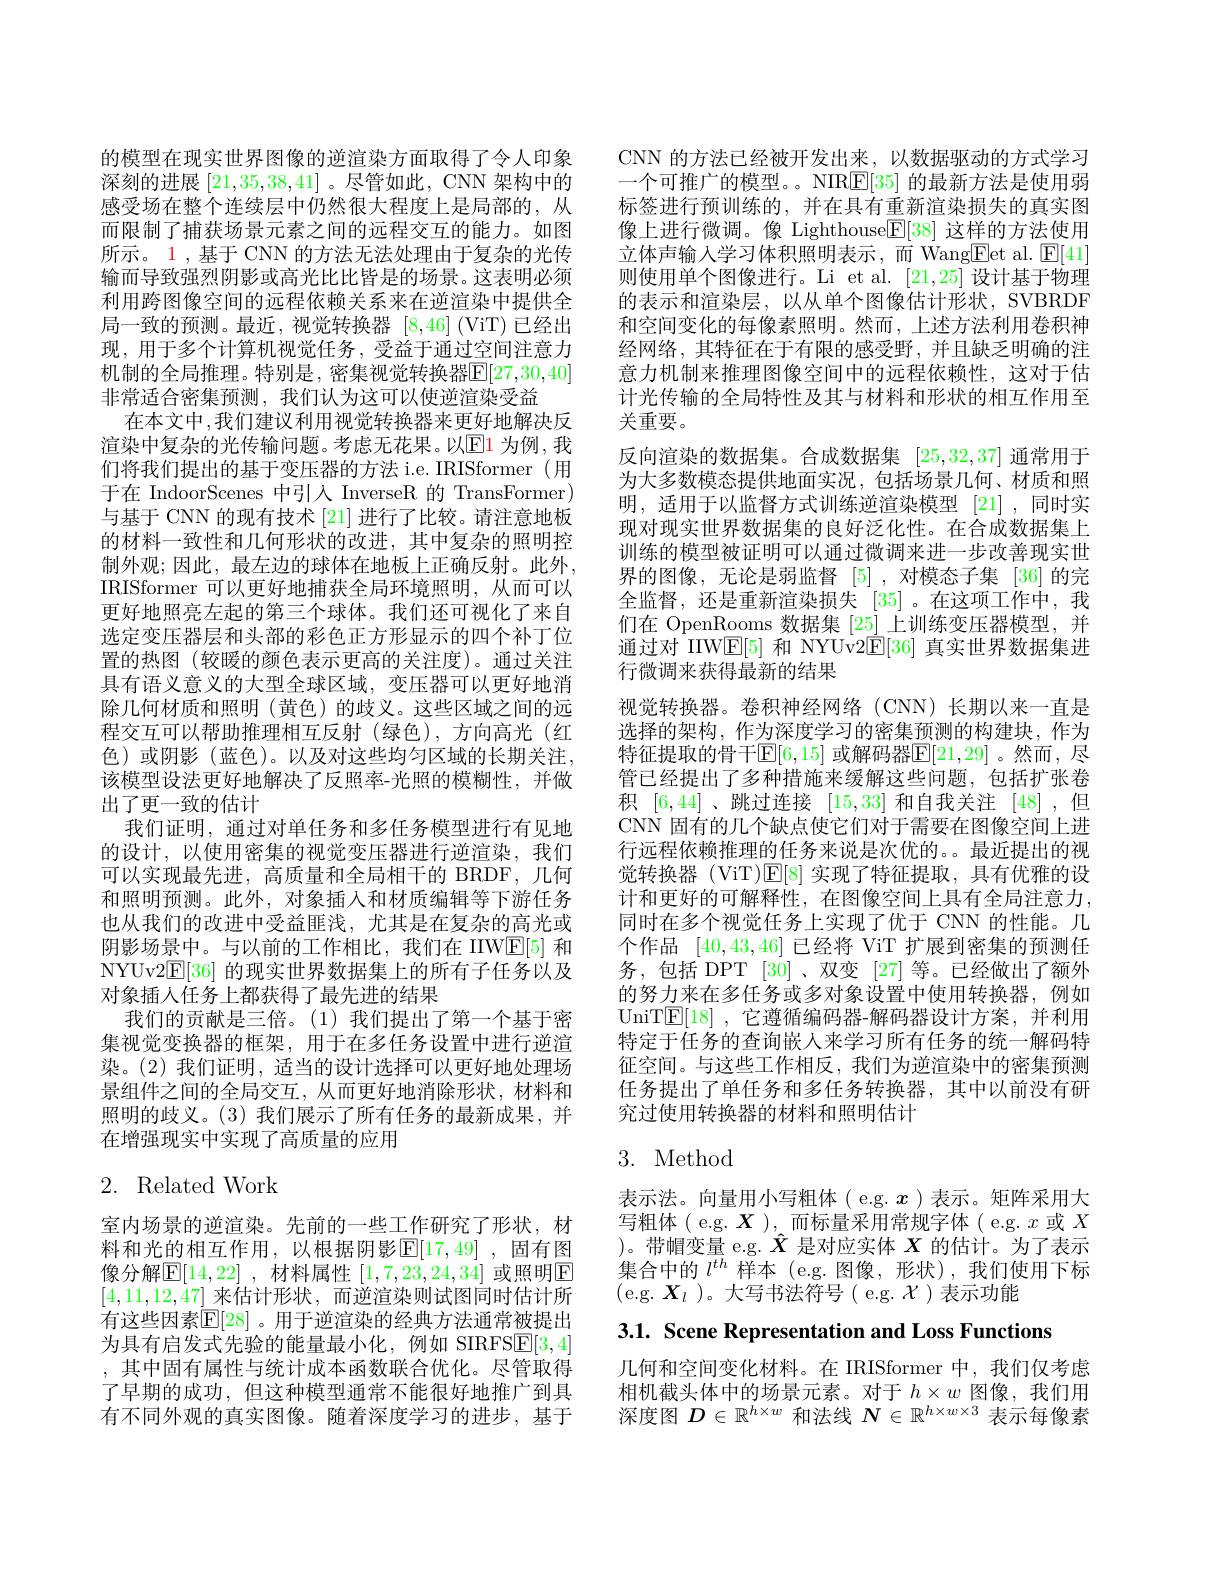
的模型在现实世界图像的逆渲染方面取得了令人印象深刻的进展[21,35,38,41] 。尽管如此，CNN 架构中的感受场在整个连续层中仍然很大程度上是局部的，从而限制了捕获场景元素之间的远程交互的能力。如图所示。1 , 基于 CNN 的方法无法处理由于复杂的光传输而导致强烈阴影或高光比比皆是的场景。这表明必须利用跨图像空间的远程依赖关系来在逆渲染中提供全局一致的预测。最近，视觉转换器[8,46] (ViT)已经出现，用于多个计算机视觉任务，受益于通过空间注意力机制的全局推理。特别是，密集视觉转换器$\overline{\mathbb{E}}[27,30,40]$ 非常适合密集预测，我们认为这可以使逆渲染受益
在本文中，我们建议利用视觉转换器来更好地解决反渲染中复杂的光传输问题。考虑无花果。以$\color{red}{\mathrm{E1}}$为例，我们将我们提出的基于变压器的方法 i.e. IRISformer(用于在 IndoorScenes 中引人 InverseR 的 TransFormer) 与基于 CNN 的现有技术 [21] 进行了比较。请注意地板的材料一致性和几何形状的改进，其中复杂的照明控制外观；因此，最左边的球体在地板上正确反射。此外， IRISformer 可以更好地捕获全局环境照明，从而可以更好地照亮左起的第三个球体。我们还可视化了来自选定变压器层和头部的彩色正方形显示的四个补丁位置的热图(较暖的颜色表示更高的关注度)。通过关注具有语义意义的大型全球区域，变压器可以更好地消除几何材质和照明(黄色)的歧义。这些区域之间的远程交互可以帮助推理相互反射(绿色),方向高光(红色)或阴影(蓝色)。以及对这些均匀区域的长期关注， 该模型设法更好地解决了反照率-光照的模糊性，并做出了更一致的估计
我们证明，通过对单任务和多任务模型进行有见地的设计，以使用密集的视觉变压器进行逆渲染，我们可以实现最先进，高质量和全局相干的 BRDF, 几何和照明预测。此外，对象插入和材质编辑等下游任务也从我们的改进中受益匪浅，尤其是在复杂的高光或阴影场景中。与以前的工作相比，我们在 IIW$\mathbb{E}[5]$和NYUv2$\underline{\mathrm{E}}[36]$的现实世界数据集上的所有子任务以及对象插入任务上都获得了最先进的结果
我们的贡献是三倍。(1)我们提出了第一个基于密集视觉变换器的框架，用于在多任务设置中进行逆渲染。(2)我们证明，适当的设计选择可以更好地处理场景组件之间的全局交互，从而更好地消除形状，材料和照明的歧义。(3)我们展示了所有任务的最新成果，并在增强现实中实现了高质量的应用

# 2. Related Work

室内场景的逆渲染。先前的一些工作研究了形状，材料和光的相互作用，以根据阴影$\mathbb{E}[17,49]$ ,固有图像分解$\mathbb{E}[14,22]$ ,材料属性 [1,7,23,24,34] 或照明$\mathbb{E}$ [4,11,12,47]来估计形状 ,而逆渲染则试图同时估计所有这些因素$\overline{\mathbb{E}}[28]$ 。用于逆渲染的经典方法通常被提出为具有启发式先验的能量最小化，例如 SIRFS$\underline{\mathrm{E}}[3,4]$ ,其中固有属性与统计成本函数联合优化。尽管取得了早期的成功，但这种模型通常不能很好地推广到具有不同外观的真实图像。随着深度学习的进步，基于

CNN 的方法已经被开发出来，以数据驱动的方式学习一个可推广的模型。。NIR$\underline{\mathrm{E}}[35]$的最新方法是使用弱标签进行预训练的，并在具有重新渲染损失的真实图像上进行微调。像 Lighthouse$\boxed{\mathrm{F}}[38]$这样的方法使用立体声输入学习体积照明表示，而 Wang$\underline{\mathrm{Eet~al.~}}\underline{\mathrm{E}}[41]$ 则使用单个图像进行。Li et al. [21,25]设计基于物理的表示和渲染层，以从单个图像估计形状，SVBRDF 和空间变化的每像素照明。然而，上述方法利用卷积神经网络，其特征在于有限的感受野，并且缺乏明确的注意力机制来推理图像空间中的远程依赖性，这对于估计光传输的全局特性及其与材料和形状的相互作用至关重要。
反向渲染的数据集。合成数据集[25,32,37]通常用于为大多数模态提供地面实况，包括场景几何、材质和照明，适用于以监督方式训练逆渲染模型[21],同时实现对现实世界数据集的良好泛化性。在合成数据集上训练的模型被证明可以通过微调来进一步改善现实世界的图像，无论是弱监督[5] ,对模态子集 [36]的完全监督，还是重新渲染损失[35] 。在这项工作中，我们在 OpenRooms 数据集[25]上训练变压器模型，并通过对 IIW$\mathbb{E}[5]$和 NYUv2$\mathbb{E}[36]$真实世界数据集进行微调来获得最新的结果
视觉转换器。卷积神经网络(CNN)长期以来一直是选择的架构，作为深度学习的密集预测的构建块，作为特征提取的骨干$\boxed{\mathbb{E}}[6,15]$ 或解码器$\boxed{\mathbb{E}}[21,29]$。然而，尽管已经提出了多种措施来缓解这些问题，包括扩张卷积[6,44] 、跳过连接[15,33]和自我关注[48] ,但CNN 固有的几个缺点使它们对于需要在图像空间上进行远程依赖推理的任务来说是次优的。。最近提出的视觉转换器 (ViT)E[ 8] 实现了特征提取，具有优雅的设计和更好的可解释性，在图像空间上具有全局注意力， 同时在多个视觉任务上实现了优于 CNN 的性能。几个作品[40,43,46]已经将 ViT 扩展到密集的预测任务，包括 DPT [30]、双变 [27] 等。已经做出了额外的努力来在多任务或多对象设置中使用转换器，例如UniT$\underline{\mathrm{E}}[18]$ ,它遵循编码器-解码器设计方案，并利用特定于任务的查询嵌人来学习所有任务的统一解码特征空间。与这些工作相反，我们为逆渲染中的密集预测任务提出了单任务和多任务转换器，其中以前没有研究过使用转换器的材料和照明估计
3. Method

表示法。向量用小写粗体( e.g. $x$ )表示。矩阵采用大写粗体( e.g. $\boldsymbol{X})$,而标量采用常规字体( e.g. $x$或$X$ )。带帽变量 e.g. $\hat{X}$是对应实体$X$的估计。为了表示集合中的$l^{th}\bar{\text{样本(e.g.图像，形状),我们使用下标}}$ (e.g.$\boldsymbol{X}_l$ )。大写书法符号( e.g.$\mathcal{X})$表示功能

3.1. Scene Representation and Loss Functions

几何和空间变化材料。在 IRISformer 中，我们仅考虑$\begin{array}{l}\text{相机截头体中的场景元素。对于 }h\times w\text{ 图像，我们用}\\\text{深度图 }D\in\mathbb{R}^{h\times w}\text{ 和法线 }N\in\mathbb{R}^{h\times w\times3}\text{ 表示每像素}\end{array}$